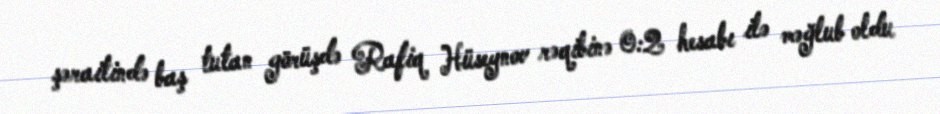
şəraitində baş tutan görüşdə Rafiq Hüseynov rəqibinə 0:2 hesabı ilə məğlub oldu